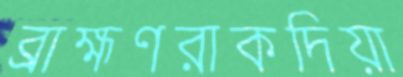
ব্রাহ্মণরাকদিয়া